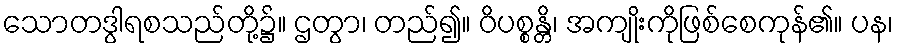
သောတဒွါရစသည်တို့၌။ ဌတွာ၊ တည်၍။ ဝိပစ္စန္တိ၊ အကျိုးကိုဖြစ်စေကုန်၏။ ပန၊